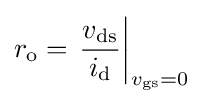
r_{\text{o}}=\left.{\frac {v_{\text{ds}}}{i_{\text{d}}}}\right\vert _{v_{\text{gs}}=0}